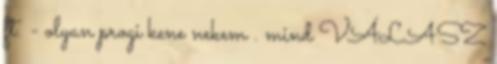
ft. - olyan progi kene nekem . mind VÁLASZ